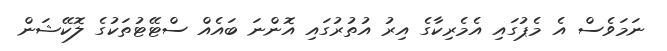
ނަމަވެސް އެ މެޕުގައި އެމެރިކާގެ އިރު އުތުރުގައި އޮންނަ ބައެއް ސްޓޭޓުތަކުގެ ލޮކޭޝަން